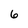
Character: 6